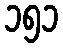
၁၅၁